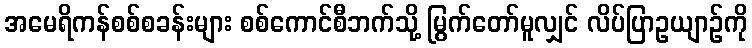
အမေရိကန်စစ်စခန်းများ စစ်ကောင်စီဘက်သို့ မြွက်တော်မူလျှင် လိပ်ပြာဥယျာဉ်ကို